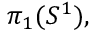
\pi _ { 1 } ( S ^ { 1 } ) ,